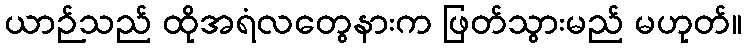
ယာဉ်သည် ထိုအရံလတွေနားက ဖြတ်သွားမည် မဟုတ်။